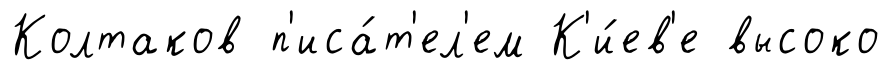
Колтаков п'иса́т'ел'ем К'и́ев'е высоко